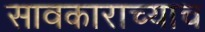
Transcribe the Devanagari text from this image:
सावकाराच्याच